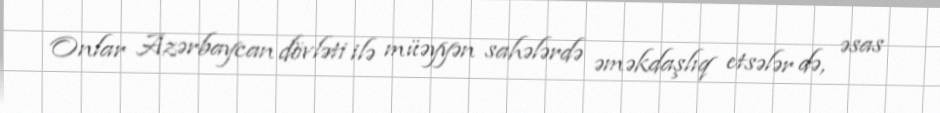
Onlar Azərbaycan döv­ləti ilə müəyyən sahələrdə əməkdaşlıq etsələr də, əsas